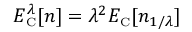
E _ { \scriptscriptstyle \mathrm { C } } ^ { \lambda } [ n ] = \lambda ^ { 2 } E _ { \scriptscriptstyle \mathrm { C } } [ n _ { 1 / \lambda } ]